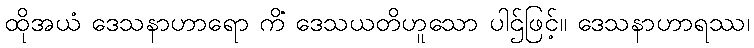
ထိုအယံ ဒေသနာဟာရော ကိံ ဒေသယတိဟူသော ပါဌ်ဖြင့်။ ဒေသနာဟာရဿ၊